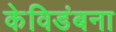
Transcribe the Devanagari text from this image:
केविडंबना